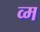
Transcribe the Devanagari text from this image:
व्म